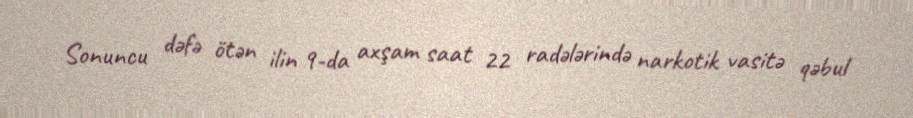
Sonuncu dəfə ötən ilin 9-da axşam saat 22 radələrində narkotik vasitə qəbul